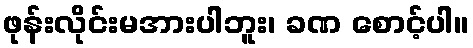
ဖုန်းလိုင်းမအားပါဘူး၊ ခဏ စောင့်ပါ။